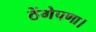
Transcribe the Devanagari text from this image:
ठेंगेपणा।